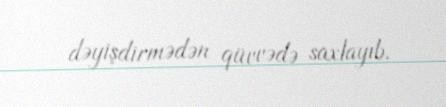
dəyişdirmədən qüvvədə saxlayıb.